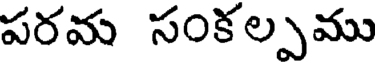
పరమ సంకల్పము